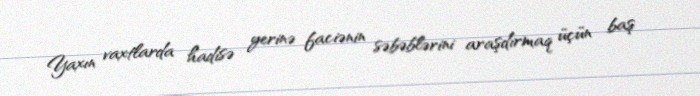
Yaxın vaxtlarda hadisə yerinə faciənin səbəblərini araşdırmaq üçün baş